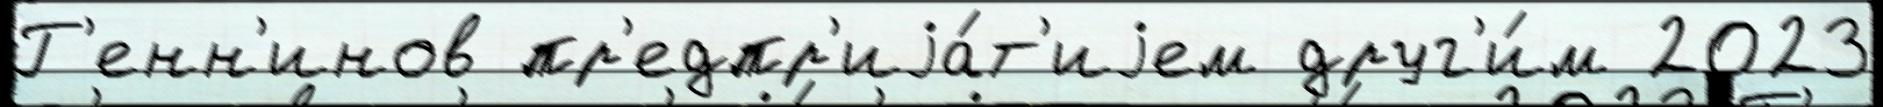
Г'енн'инов пр'едпр'иjа́т'иjем друг'и́м 2023